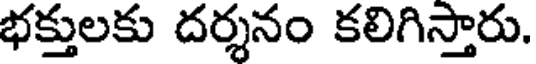
భక్తులకు దర్శనం కలిగిస్తారు.